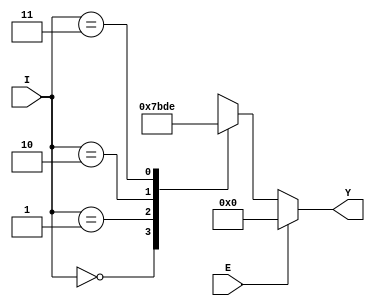
/*
** decoder_2_4.v
**
**
*/

module decoder_2_4( input wire [1:0] I, input wire E, output wire [3:0] Y );
		reg [3:0] y_r;
		// Bloco always
		always @ ( I, E )
		begin
			// Se o botao E tiver pressionado
			if( E ) begin
				y_r = 4'b0000; // Todos ligados
			end
			else begin
				// Case
				case(I)
					2'b00:  y_r = 4'b0111;  // So o LED 0 ligado
					2'b01:  y_r = 4'b1011;  // So o LED 1 ligado
					2'b10:  y_r = 4'b1101;  // So o LED 2 ligado
					2'b11:  y_r = 4'b1110;  // So o LED 3 ligado
					default: y_r = 4'b1111;  // Todos desligados
				endcase
			end
		end
		
		// Atribuicao a Y
		assign Y = y_r;
endmodule